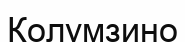
Колумзино